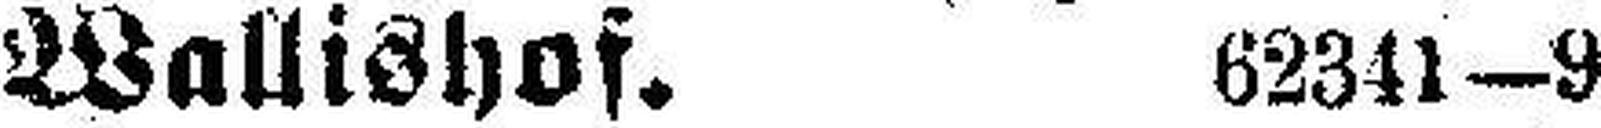
Wallishof. 62341—9